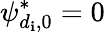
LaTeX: \psi_{d_{\mathbf{i}},0}^{*}=0